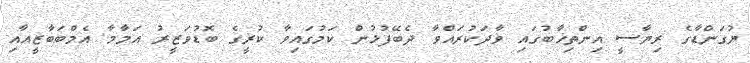
ޔުގަންޑާގެ ރިޔާސީ އިންތިޚާބުގައި ވާދަކުރައްވާ ދެބޭފުޅުން ކަމުގައިވާ ކުރީގެ ބޮޑުވަޒީރު އަމާމާ އެމްބަބާޒީއާއި